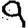
Digit: 9